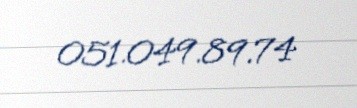
051.049.89.74